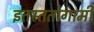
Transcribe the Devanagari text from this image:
इतस्ततोगामी